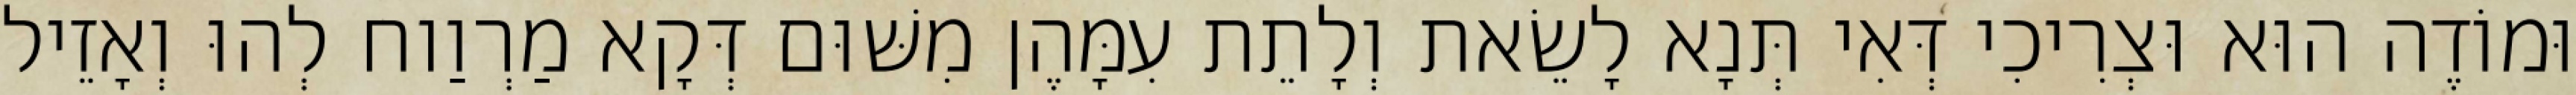
וּמוֹדֶה הוּא וּצְרִיכִי דְּאִי תְּנָא לָשֵׂאת וְלָתֵת עִמָּהֶן מִשּׁוּם דְּקָא מַרְוַוח לְהוּ וְאָזֵיל